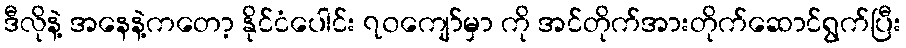
ဒီလိုနဲ့ အနေနဲ့ကတော့ နိုင်ငံပေါင်း ၇၀ကျော်မှာ ကို အင်တိုက်အားတိုက်ဆောင်ရွက်ပြီး